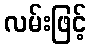
လမ်းဖြင့်